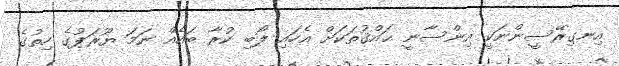
އިނގިރޭސީންނަކީ އިންސާނީ ޙައްޤުތަކަށް އެހައި ލޯބި ކުރާ ބައެއް ނަމަ ޔޫރަޕުގެ ހިތުގެ